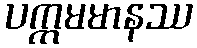
ပက္ကမမာနဿ